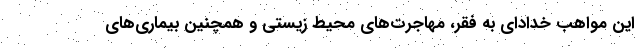
این مواهب خدادای به فقر، مهاجرت‌های محیط زیستی و همچنین بیماری‌های